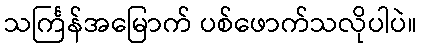
သင်္ကြန်အမြောက် ပစ်ဖောက်သလိုပါပဲ။